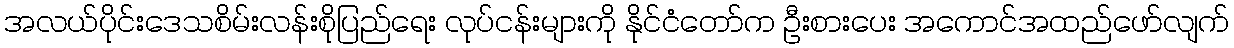
အလယ်ပိုင်းဒေသစိမ်းလန်းစိုပြည်ရေး လုပ်ငန်းများကို နိုင်ငံတော်က ဦးစားပေး အကောင်အထည်ဖော်လျက်